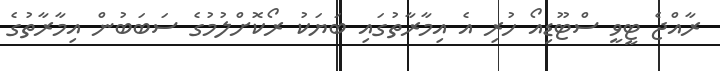
ރާއްޖެ ޓީވީ ސްޓޫޑިއޯ ހުރި އެ އިމާރާތުގައި ބަޔަކު ރޯކޮށްލުމުގެ ސަބަބުން އިމާރާތުގެ